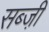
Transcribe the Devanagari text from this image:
सब्जी़